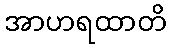
အာဟရထာတိ